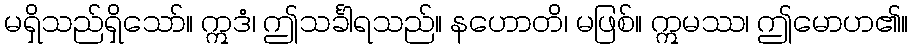
မရှိသည်ရှိသော်။ ဣဒံ၊ ဤသင်္ခါရသည်။ နဟောတိ၊ မဖြစ်။ ဣမဿ၊ ဤမောဟ၏။